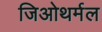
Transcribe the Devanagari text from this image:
जिओथर्मल